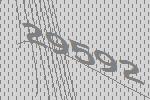
29592